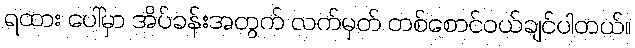
ရထား ပေါ်မှာ အိပ်ခန်းအတွက် လက်မှတ် တစ်စောင်ဝယ်ချင်ပါတယ်။